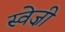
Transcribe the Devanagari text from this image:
स्वेज़ी